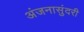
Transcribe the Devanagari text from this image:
अंजनासुंदरी